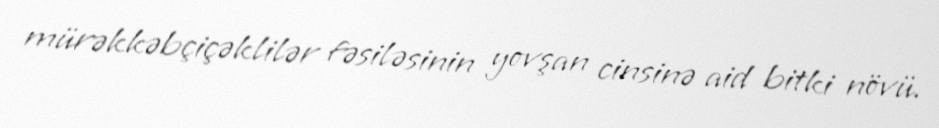
mürəkkəbçiçəklilər fəsiləsinin yovşan cinsinə aid bitki növü.